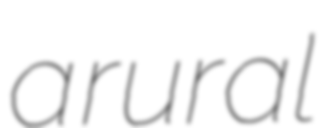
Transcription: a rural